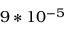
9 * 1 0 ^ { - 5 }